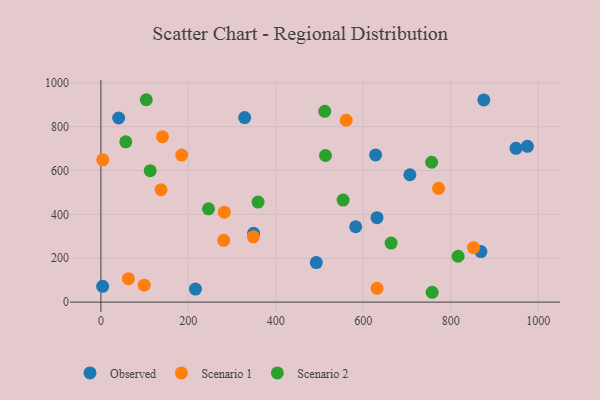
{"axis": {"x": "Ad Spend", "y": "Fuel Efficiency"}, "legend": ["Observed", "Scenario 1", "Scenario 2"], "data": [{"x": "216.3", "y": 59.5, "type": "Observed"}, {"x": "328.8", "y": 841.3, "type": "Observed"}, {"x": "949.4", "y": 701.2, "type": "Observed"}, {"x": "4.0", "y": 71.8, "type": "Observed"}, {"x": "975.4", "y": 710.2, "type": "Observed"}, {"x": "349.3", "y": 313.4, "type": "Observed"}, {"x": "875.8", "y": 921.9, "type": "Observed"}, {"x": "869.2", "y": 230.3, "type": "Observed"}, {"x": "631.5", "y": 385.0, "type": "Observed"}, {"x": "628.3", "y": 670.8, "type": "Observed"}, {"x": "492.7", "y": 180.1, "type": "Observed"}, {"x": "582.7", "y": 343.6, "type": "Observed"}, {"x": "40.6", "y": 839.4, "type": "Observed"}, {"x": "706.7", "y": 580.6, "type": "Observed"}, {"x": "852.3", "y": 248.4, "type": "Scenario 1"}, {"x": "63.0", "y": 106.8, "type": "Scenario 1"}, {"x": "184.9", "y": 670.3, "type": "Scenario 1"}, {"x": "348.7", "y": 297.7, "type": "Scenario 1"}, {"x": "631.6", "y": 63.0, "type": "Scenario 1"}, {"x": "137.6", "y": 512.2, "type": "Scenario 1"}, {"x": "772.3", "y": 518.9, "type": "Scenario 1"}, {"x": "561.1", "y": 829.0, "type": "Scenario 1"}, {"x": "99.2", "y": 77.3, "type": "Scenario 1"}, {"x": "282.3", "y": 409.9, "type": "Scenario 1"}, {"x": "280.9", "y": 281.8, "type": "Scenario 1"}, {"x": "4.3", "y": 648.6, "type": "Scenario 1"}, {"x": "140.9", "y": 753.8, "type": "Scenario 1"}, {"x": "103.8", "y": 922.6, "type": "Scenario 2"}, {"x": "757.6", "y": 44.9, "type": "Scenario 2"}, {"x": "663.8", "y": 269.1, "type": "Scenario 2"}, {"x": "554.0", "y": 465.1, "type": "Scenario 2"}, {"x": "359.5", "y": 455.9, "type": "Scenario 2"}, {"x": "246.1", "y": 425.1, "type": "Scenario 2"}, {"x": "512.0", "y": 869.7, "type": "Scenario 2"}, {"x": "112.8", "y": 599.4, "type": "Scenario 2"}, {"x": "513.7", "y": 668.3, "type": "Scenario 2"}, {"x": "56.9", "y": 730.9, "type": "Scenario 2"}, {"x": "816.9", "y": 209.2, "type": "Scenario 2"}, {"x": "756.4", "y": 637.6, "type": "Scenario 2"}]}